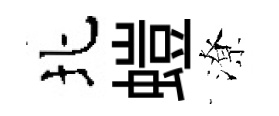
北螘潦